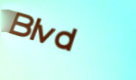
Blvd